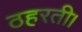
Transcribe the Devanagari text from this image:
ठहरती।